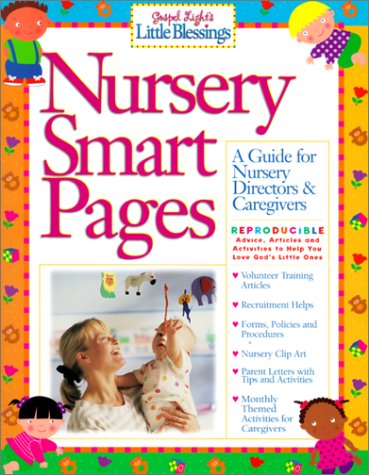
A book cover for Nursery Smart Pages: A Guide for Nursery Directors and Caregivers; Sheryl Haystead; Christian Books & Bibles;